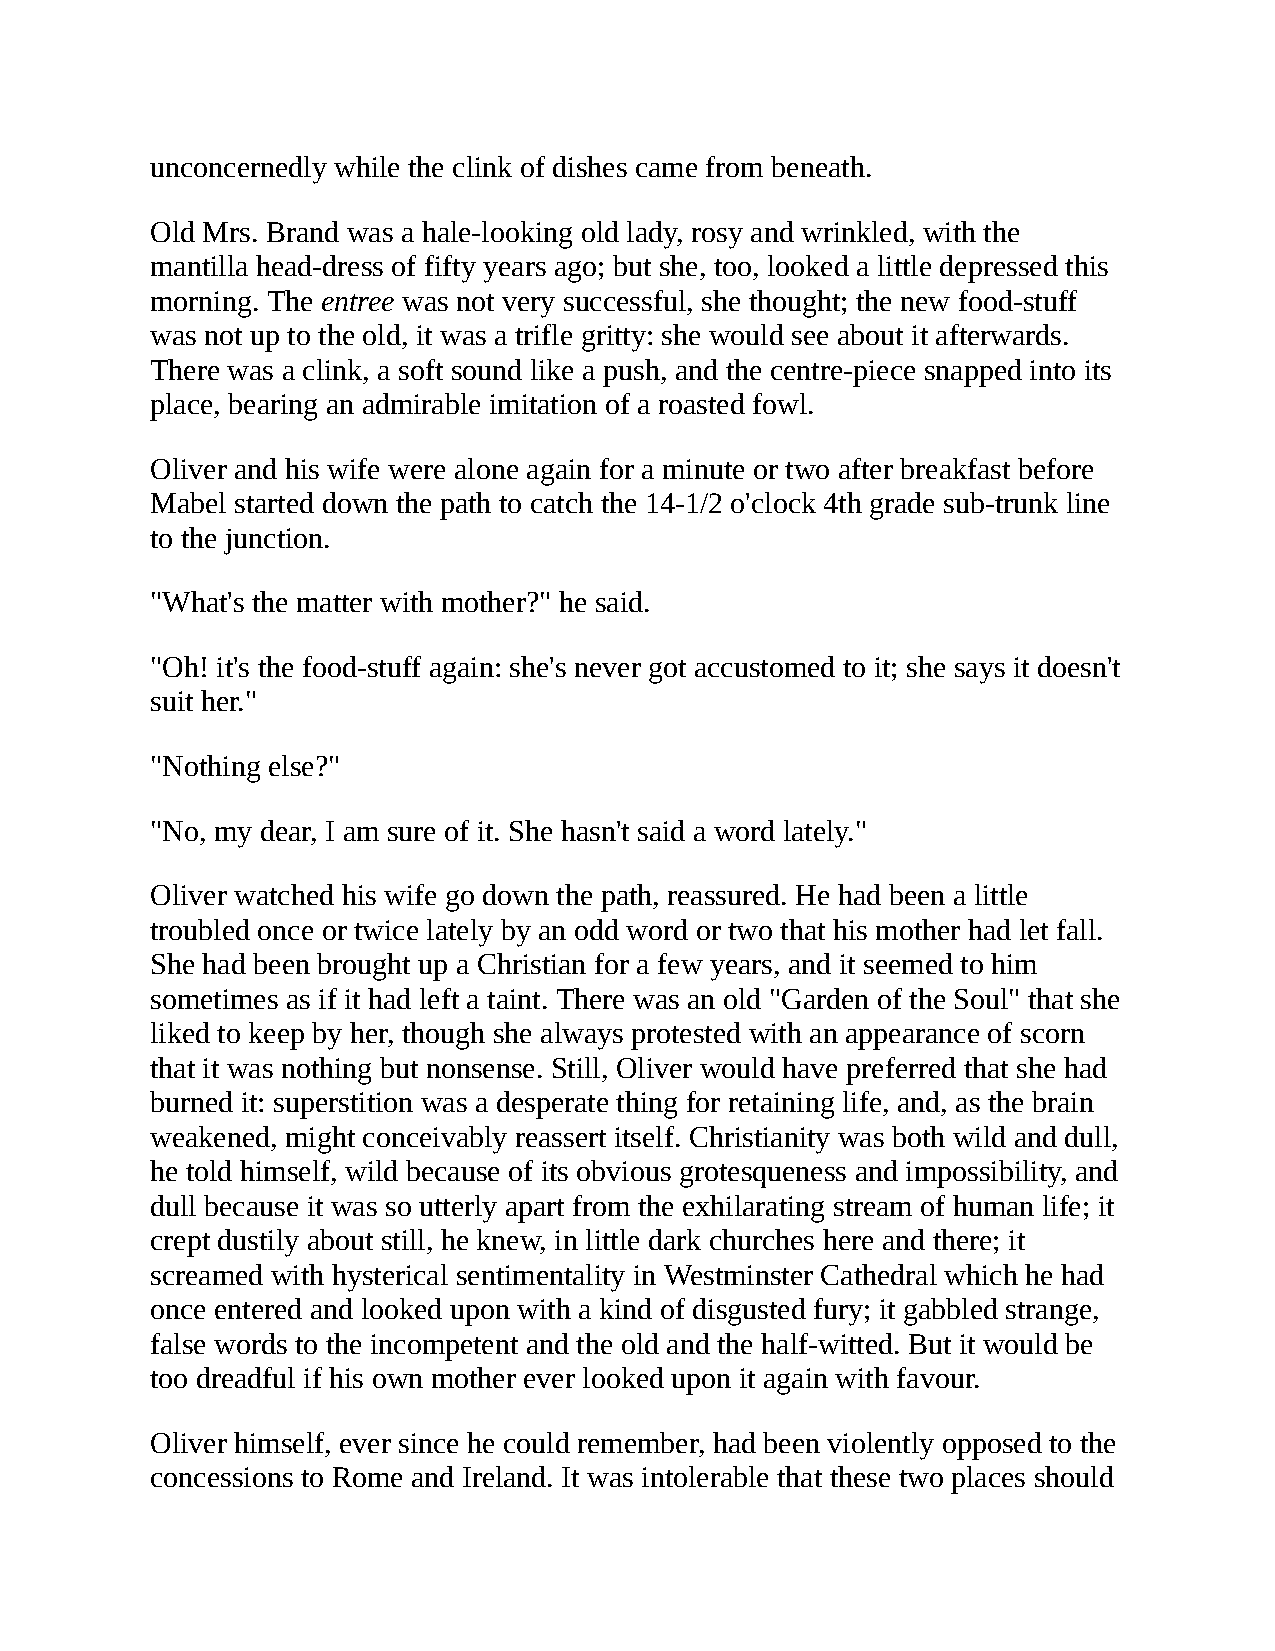
unconcernedly while the clink of dishes came from beneath.
 Old Mrs. Brand was a hale-looking old lady, rosy and wrinkled, with the
 mantilla head-dress of fifty years ago; but she, too, looked a little depressed this
 morning. The entree was not very successful, she thought; the new food-stuff
 was not up to the old, it was a trifle gritty: she would see about it afterwards.
 There was a clink, a soft sound like a push, and the centre-piece snapped into its
 place, bearing an admirable imitation of a roasted fowl.
 Oliver and his wife were alone again for a minute or two after breakfast before
 Mabel started down the path to catch the 14-1/2 o'clock 4th grade sub-trunk line
 to the junction.
 "What's the matter with mother?" he said.
 "Oh! it's the food-stuff again: she's never got accustomed to it; she says it doesn't
 suit her."
 "Nothing else?"
 "No, my dear, I am sure of it. She hasn't said a word lately."
 Oliver watched his wife go down the path, reassured. He had been a little
 troubled once or twice lately by an odd word or two that his mother had let fall.
 She had been brought up a Christian for a few years, and it seemed to him
 sometimes as if it had left a taint. There was an old "Garden of the Soul" that she
 liked to keep by her, though she always protested with an appearance of scorn
 that it was nothing but nonsense. Still, Oliver would have preferred that she had
 burned it: superstition was a desperate thing for retaining life, and, as the brain
 weakened, might conceivably reassert itself. Christianity was both wild and dull,
 he told himself, wild because of its obvious grotesqueness and impossibility, and
 dull because it was so utterly apart from the exhilarating stream of human life; it
 crept dustily about still, he knew, in little dark churches here and there; it
 screamed with hysterical sentimentality in Westminster Cathedral which he had
 once entered and looked upon with a kind of disgusted fury; it gabbled strange,
 false words to the incompetent and the old and the half-witted. But it would be
 too dreadful if his own mother ever looked upon it again with favour.
 Oliver himself, ever since he could remember, had been violently opposed to the
 concessions to Rome and Ireland. It was intolerable that these two places should